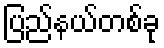
ပြည်နယ်တစ်ခု